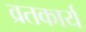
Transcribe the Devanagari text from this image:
व्रतकार्य